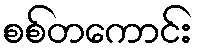
စစ်တကောင်း